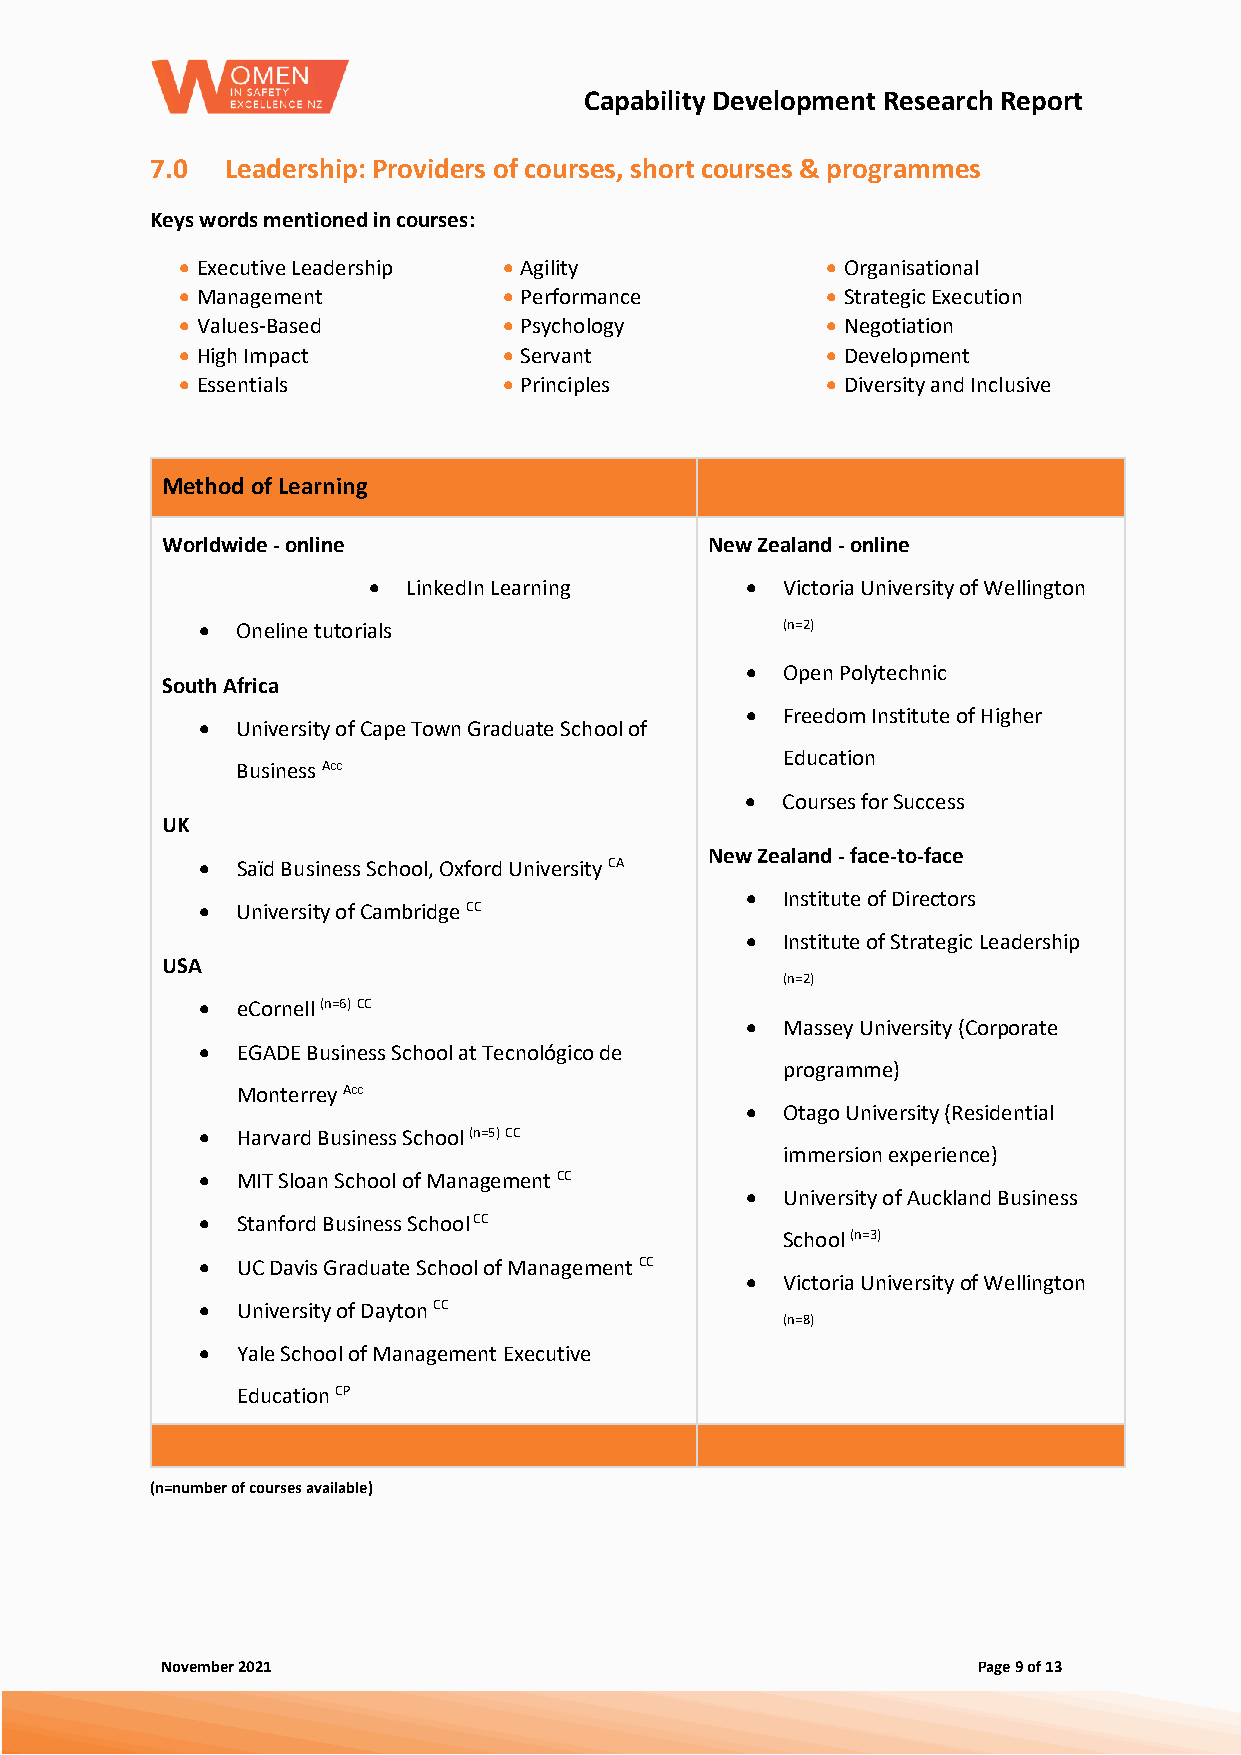
Capability Development Research Report
 7.0  Leadership: Providers of courses, short courses & programmes
 Keys words mentioned in courses:
 • Executive Leadership • Agility           • Organisational
 • Management         • Performance         • Strategic Execution
 • Values-Based       • Psychology          • Negotiation
 • High Impact        • Servant             • Development
 • Essentials         • Principles          • Diversity and Inclusive
 Method of Learning
 Worldwide - online                  New Zealand - online
 •  LinkedIn Learning     •  Victoria University of Wellington
 •  Oneline tutorials                   (n=2)
 •  Open Polytechnic
 South Africa
 •  Freedom Institute of Higher
 •  University of Cape Town Graduate School of
 Education
 Business Acc
 •  Courses for Success
 UK
 New Zealand - face-to-face
 •  Saïd Business School, Oxford University CA
 •  Institute of Directors
 •  University of Cambridge CC
 •  Institute of Strategic Leadership
 USA
 (n=2)
 •  eCornell (n=6) CC
 •  Massey University (Corporate
 •  EGADE Business School at Tecnológico de
 programme)
 Monterrey Acc
 •  Otago University (Residential
 •  Harvard Business School (n=5) CC
 immersion experience)
 •  MIT Sloan School of Management CC
 •  University of Auckland Business
 •  Stanford Business School CC
 School (n=3)
 •  UC Davis Graduate School of Management CC
 •  Victoria University of Wellington
 •  University of Dayton CC
 (n=8)
 •  Yale School of Management Executive
 Education CP
 (n=number of courses available)
 November 2021                                         Page 9 of 13